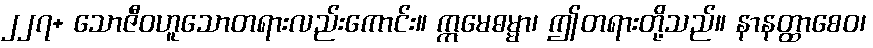
၂၂၇+ သောဇီဝဟူသောတရားလည်းကောင်း။ ဣမေဓမ္မာ၊ ဤတရားတို့သည်။ နာနတ္ထာစေဝ၊